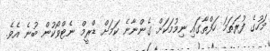
މަހުގެ ފުރަތަމަ ހަފްތާގައި ނިމުމަކަށް ގެންނާނެ ކަމަށް ޑްރީމް ނެޓްވޯކުން ބުނެ އެވެ.